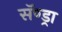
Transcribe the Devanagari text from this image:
सॅण्ड्रा